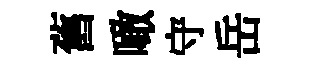
舊噉守岳